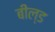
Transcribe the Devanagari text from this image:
बील्ड